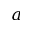
a